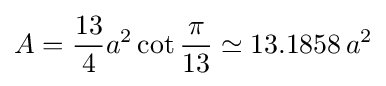
A={\frac {13}{4}}a^{2}\cot {\frac {\pi }{13}}\simeq 13.1858\,a^{2}